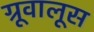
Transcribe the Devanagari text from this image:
ग्रूवालूस